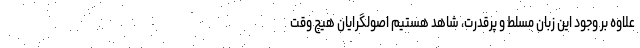
علاوه بر وجود این زبان مسلط و پرقدرت، شاهد هستیم اصولگرایان هیچ وقت